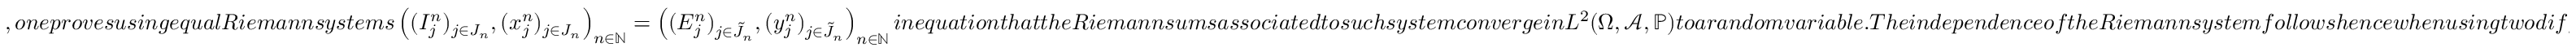
, o n e p r o v e s u s i n g e q u a l R i e m a n n s y s t e m s \left( ( I _ { j } ^ { n } ) _ { j \in J _ { n } } , ( x _ { j } ^ { n } ) _ { j \in J _ { n } } \right) _ { n \in \mathbb { N } } = \left( ( E _ { j } ^ { n } ) _ { j \in \tilde { J } _ { n } } , ( y _ { j } ^ { n } ) _ { j \in \tilde { J } _ { n } } \right) _ { n \in \mathbb { N } } i n e q u a t i o n t h a t t h e R i e m a n n s u m s a s s o c i a t e d t o s u c h s y s t e m c o n v e r g e i n L ^ { 2 } ( \Omega , \mathcal { A } , \mathbb { P } ) t o a r a n d o m v a r i a b l e . T h e i n d e p e n d e n c e o f t h e R i e m a n n s y s t e m f o l l o w s h e n c e w h e n u s i n g t w o d i f f e r e n t R i e m a n n s y s t e m s i n a n d t h e n a p p l y i n g L e m m a p o i n t